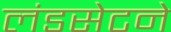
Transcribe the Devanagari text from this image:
लंडसेटने